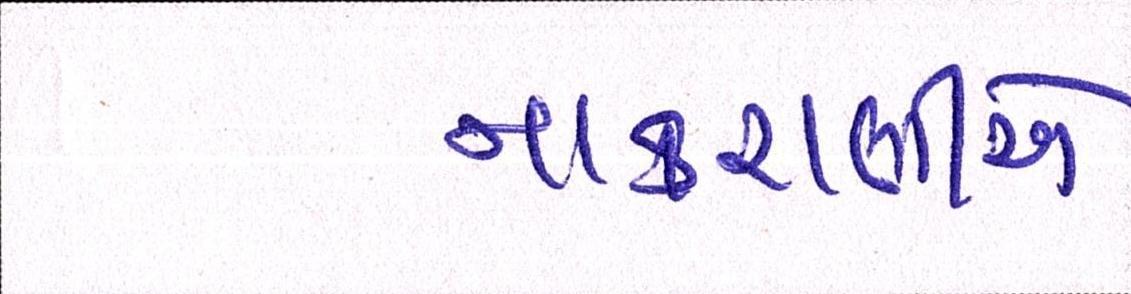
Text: નાકરાણીએ